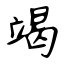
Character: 竭